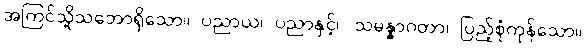
အကြင်သို့သဘောရှိသော။ ပညာယ၊ ပညာနှင့်။ သမန္နာဂတာ၊ ပြည့်စုံကုန်သော။